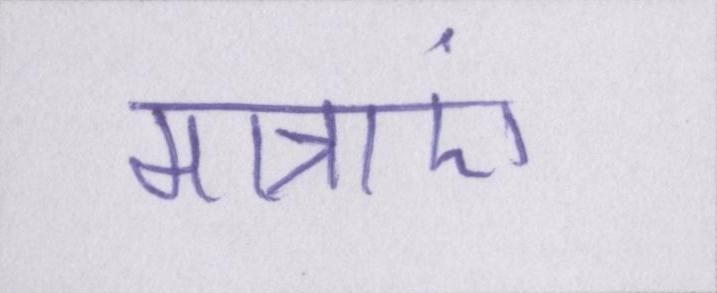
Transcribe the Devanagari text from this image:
मात्राएं